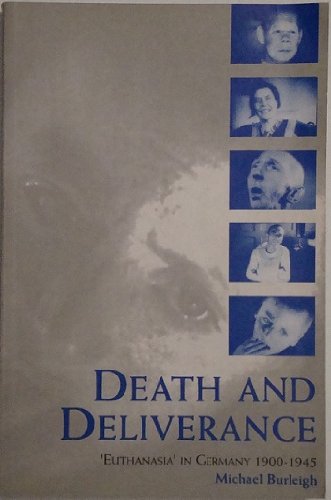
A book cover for Death and Deliverance: 'Euthanasia' in Germany, c.1900 to 1945; Michael Burleigh; Medical Books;